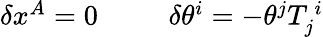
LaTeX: \begin{array}{cc}{{\delta x^{A}=0~~~}}&{{~~~\delta\theta^{i}=-\theta^{j}T_{j}^{~i}}}\end{array}